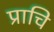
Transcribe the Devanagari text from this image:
प्राचि